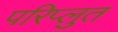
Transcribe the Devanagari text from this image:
परिप्लुत